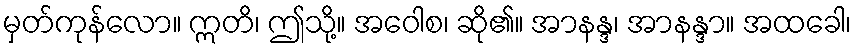
မှတ်ကုန်လော။ ဣတိ၊ ဤသို့။ အဝေါစ၊ ဆို၏။ အာနန္ဒ၊ အာနန္ဒာ။ အထခေါ၊